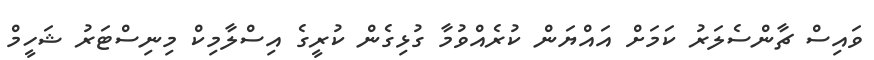
ވައިސް ޗާންސެލަރު ކަމަށް އައްޔަން ކުރެއްވުމާ ގުޅިގެން ކުރީގެ އިސްލާމިކް މިނިސްޓަރު ޝަހީމް